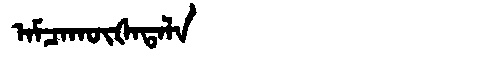
Manchu: ᠠᠮᠴᠠᡴᡡᡧᠠᡨᠠᠯᠠ
Romanization: AMCAKŪŠATALA